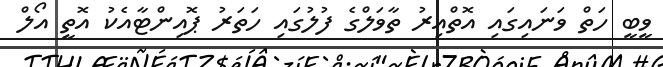
ވީބީ ހަތް ވަނައިގައި އޮތްއިރު ތާވަލްގެ ފުލުގައި ހަތަރު ޕޮއިންޓާއެކު އޮތީ އޯލް